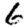
Digit: 6